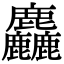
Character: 麤